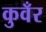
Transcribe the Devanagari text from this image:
कुवँर